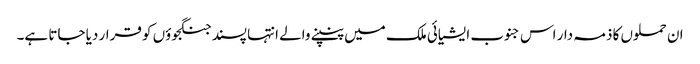
ان حملوں کا ذمہ دار اس جنوب ایشیائی ملک میں پنپنے والے انتہا پسند جنگجوؤں کو قرار دیا جاتا ہے۔